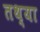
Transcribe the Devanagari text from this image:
तथ्या